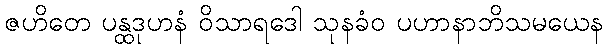
ဇဟိတေ ပန္ထဒုဟနံ ဝိသာရဒေါ သုနခံဝ ပဟာနာဘိသမယေန